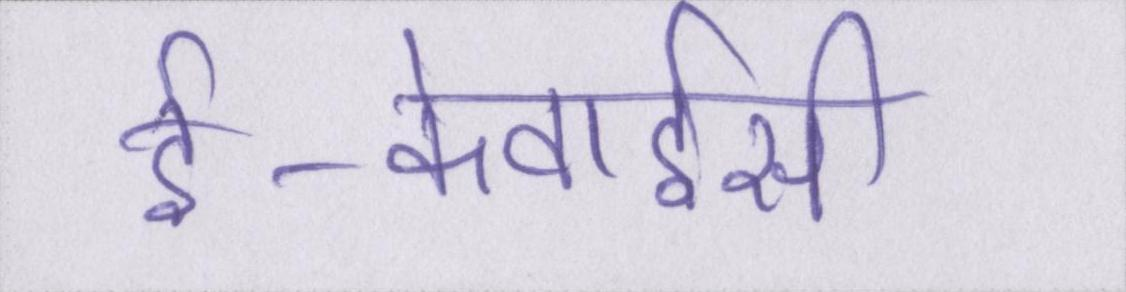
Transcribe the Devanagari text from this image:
ई-केवाईसी